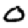
Digit: 0